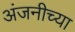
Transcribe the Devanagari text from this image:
अंजनीच्या